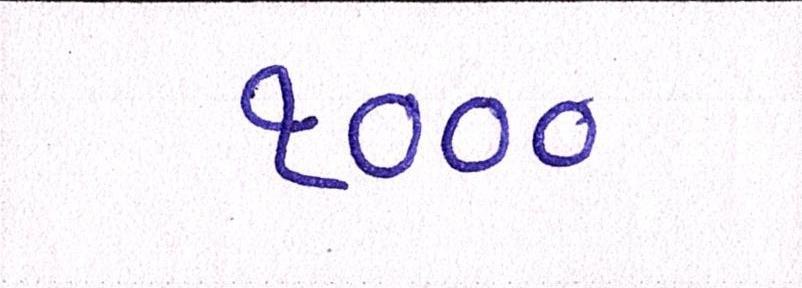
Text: ૧૦૦૦